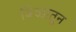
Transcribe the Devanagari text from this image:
बिळातून